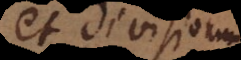
et divisionum.